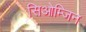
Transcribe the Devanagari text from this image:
सिओम्जिन